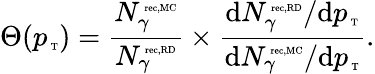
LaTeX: \Theta(p_{\mathrm{\tiny~T}})=\frac{N_{\gamma}^{\mathrm{\tiny~rec,MC}}}{N_{\gamma}^{\mathrm{\tiny~rec,RD}}}\times\frac{\mathrm{d}N_{\gamma}^{\mathrm{\tiny~rec,RD}}/\mathrm{d}p_{\mathrm{\tiny~T}}}{\mathrm{d}N_{\gamma}^{\mathrm{\tiny~rec,MC}}/\mathrm{d}p_{\mathrm{\tiny~T}}}.